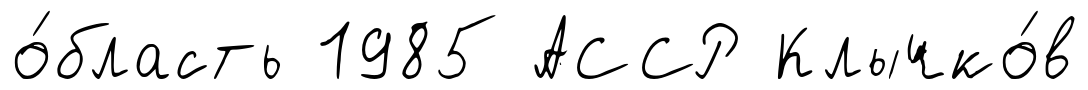
о́бласть 1985 АССР Клычко́в